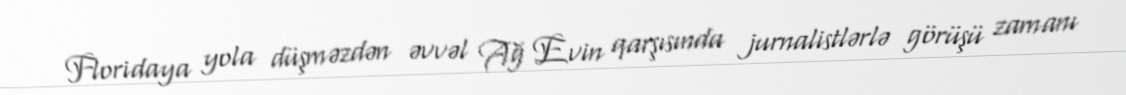
Floridaya yola düşməzdən əvvəl Ağ Evin qarşısında jurnalistlərlə görüşü zamanı